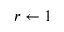
r \gets 1